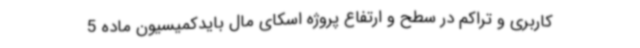
کاربری و تراکم در سطح و ارتفاع پروژه اسکای مال بایدکمیسیون ماده 5